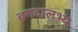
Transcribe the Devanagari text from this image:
बगदालभ्य